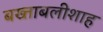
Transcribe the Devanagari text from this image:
बख्ताबलीशाह